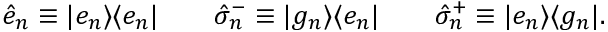
\hat { e } _ { n } \equiv | e _ { n } \rangle \langle e _ { n } | \qquad \hat { \sigma } _ { n } ^ { - } \equiv | g _ { n } \rangle \langle e _ { n } | \qquad \hat { \sigma } _ { n } ^ { + } \equiv | e _ { n } \rangle \langle g _ { n } | .